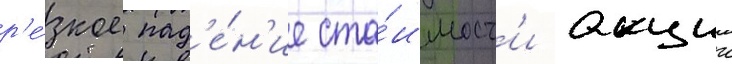
р'е́зкое пад'е́н'ие сто́имост'и акции